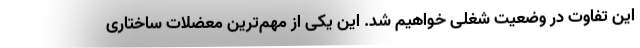
این تفاوت در وضعیت شغلی خواهیم شد. این یکی از مهم‌ترین معضلات ساختاری